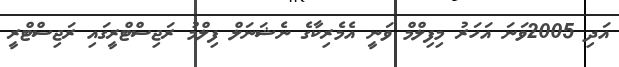
އަދި 2005ވަނަ އަހަރު މިފިލްމް ވަނީ އެމެރިކާގެ ނެޝަނަލް ފިލްމު ރަޖިސްޓްރީގައި ރަޖިސްޓްރީ